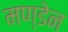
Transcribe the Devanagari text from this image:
मण्‍डेन